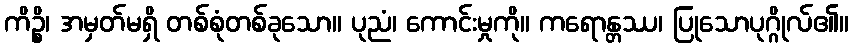
ကိဉ္စိ၊ အမှတ်မရှိ တစ်စုံတစ်ခုသော။ ပုညံ၊ ကောင်းမှုကို။ ကရောန္တဿ၊ ပြုသောပုဂ္ဂိုလ်၏။